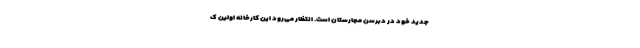
جدید خود در دبرسن مجارستان است. انتظار می‌رود این کارخانه اولین ک